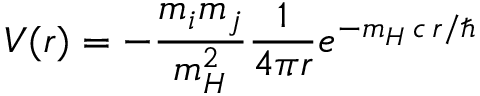
V ( r ) = - { \frac { m _ { i } m _ { j } } { m _ { H } ^ { 2 } } } { \frac { 1 } { 4 \pi r } } e ^ { - m _ { H } \, c \, r / \hbar }